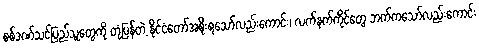
စစ်ဒဏ်သင့်ပြည်သူတွေကို တုံ့ပြန်တဲ့ နိုင်ငံတော်အစိုးရသော်လည်းကောင်း၊ လက်နက်ကိုင်တွေ ဘက်ကသော်လည်းကောင်း